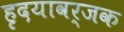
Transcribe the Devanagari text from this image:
हृदयावर्जक